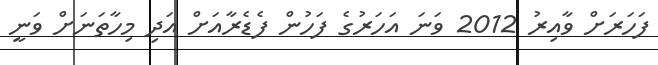
ފަހަރަށް ވާއިރު 2012 ވަނަ އަހަރުގެ ފަހުން ފެޑެރާއަށް އަދި މިހާތަނަށް ވަނީ